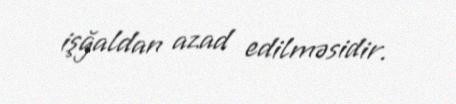
işğaldan azad edilməsidir.